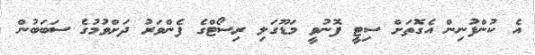
އެ ކުންފުނިން އެގޮތަށް ސިޓީ ފޮނުވީ މަޑޫގަލި ރިސޯޓްގެ ފެންވަރު ދަށްވުމުގެ ސަބަބުން